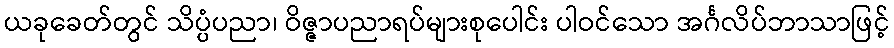
ယခုခေတ်တွင် သိပ္ပံပညာ၊ ဝိဇ္ဇာပညာရပ်များစုပေါင်း ပါဝင်သော အင်္ဂလိပ်ဘာသာဖြင့်